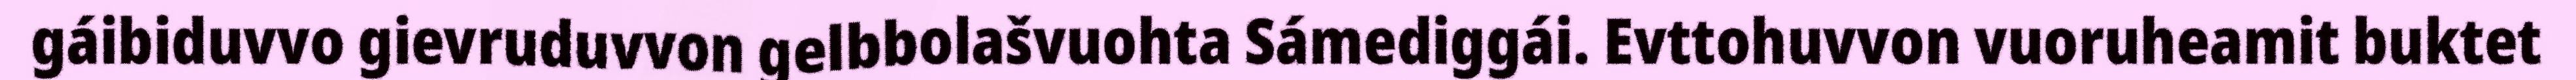
gáibiduvvo gievruduvvon gelbbolašvuohta Sámediggái. Evttohuvvon vuoruheamit buktet